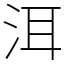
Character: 洱